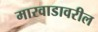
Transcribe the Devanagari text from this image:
मारवाडावरील